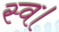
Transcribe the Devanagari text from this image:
स्‍व।